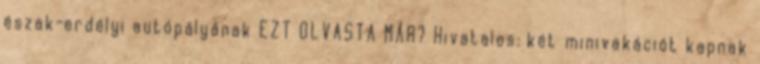
észak-erdélyi autópályának EZT OLVASTA MÁR? Hivatalos: két minivakációt kapnak